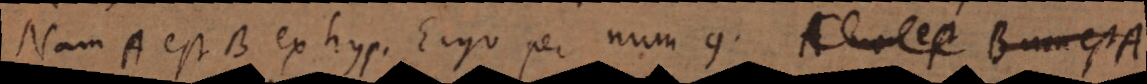
Nam A est B ex hyp. Ergo per num. 9 A non est